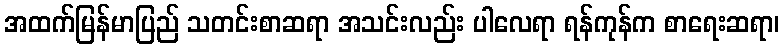
အထက်မြန်မာပြည် သတင်းစာဆရာ အသင်းလည်း ပါလေရာ ရန်ကုန်က စာရေးဆရာ၊